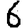
Digit: 6